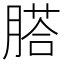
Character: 𦞂